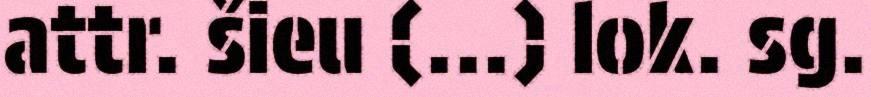
attr. šieu (...) lok. sg.